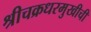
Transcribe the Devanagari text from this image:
श्रीचक्रधरमुखीची